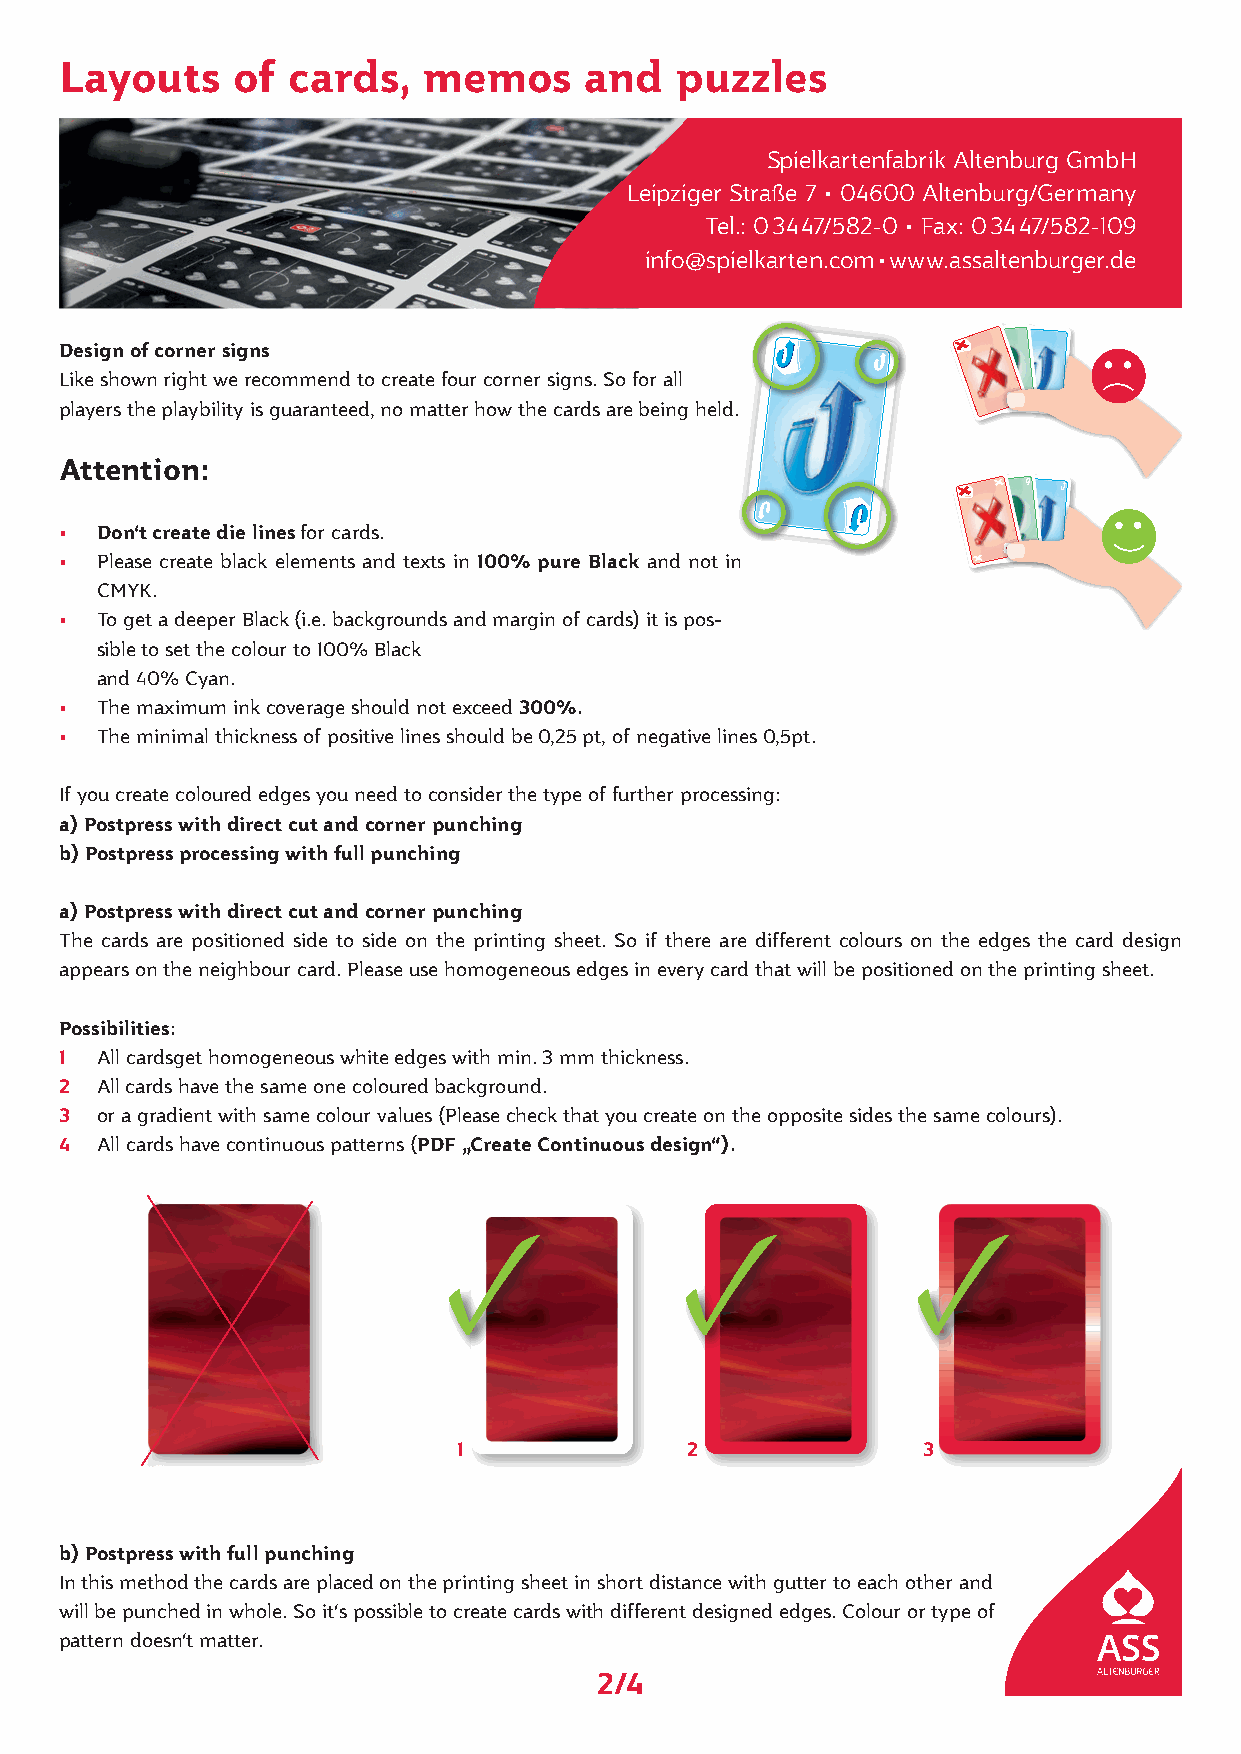
Layouts    of  cards,   memos      and   puzzles
 Spielkartenfabrik Altenburg GmbH
 Leipziger Straße 7 • 04600 Altenburg/Germany
 Tel.: 0 34 47/582-0 • Fax: 0 34 47/582-109
 info@spielkarten.com • www.assaltenburger.de
 99
 Design of corner signs
 Like shown right we recommend to create four corner signs. So for all
 99
 players the playbility is guaranteed, no matter how the cards are being held.
 Attention:
 99 9
 • Don‘t create die lines for cards.
 99
 • Please create black elements and texts in 100% pure Black and not in 9
 CMYK.
 • To get a deeper Black (i.e. backgrounds and margin of cards) it is pos-
 sible to set the colour to 100% Black
 and 40% Cyan.
 • The maximum ink coverage should not exceed 300%.
 • The minimal thickness of positive lines should be 0,25 pt, of negative lines 0,5pt.
 If you create coloured edges you need to consider the type of further processing:
 a) Postpress with direct cut and corner punching
 b) Postpress processing with full punching
 a) Postpress with direct cut and corner punching
 The cards are positioned side to side on the printing sheet. So if there are different colours on the edges the card design
 appears on the neighbour card. Please use homogeneous edges in every card that will be positioned on the printing sheet.
 Possibilities:
 1 All cardsget homogeneous white edges with min. 3 mm thickness.
 2 All cards have the same one coloured background.
 3 or a gradient with same colour values (Please check that you create on the opposite sides the same colours).
 4 All cards have continuous patterns (PDF „Create Continuous design“).
 ✓               ✓              ✓
 1              2               3
 b) Postpress with full punching
 In this method the cards are placed on the printing sheet in short distance with gutter to each other and
 will be punched in whole. So it‘s possible to create cards with different designed edges. Colour or type of
 pattern doesn‘t matter.
 2/4